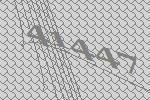
41447